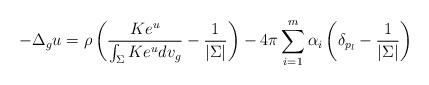
LaTeX: \begin{align*}-\Delta_g u= \rho\left(\frac{K e^u}{\int_{\Sigma} K e^u dv_g }-\frac{1}{|\Sigma|} \right) -4\pi \sum_{i=1}^m \alpha_i \left(\delta_{p_l}-\frac{1}{|\Sigma|}\right)\end{align*}